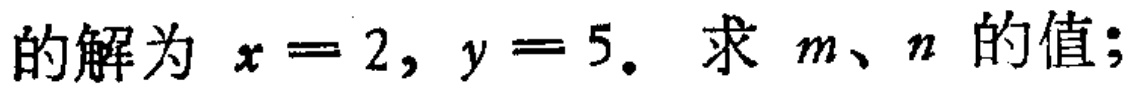
的解为 \(x = 2, y = 5\). 求 \(m、n\) 的值；